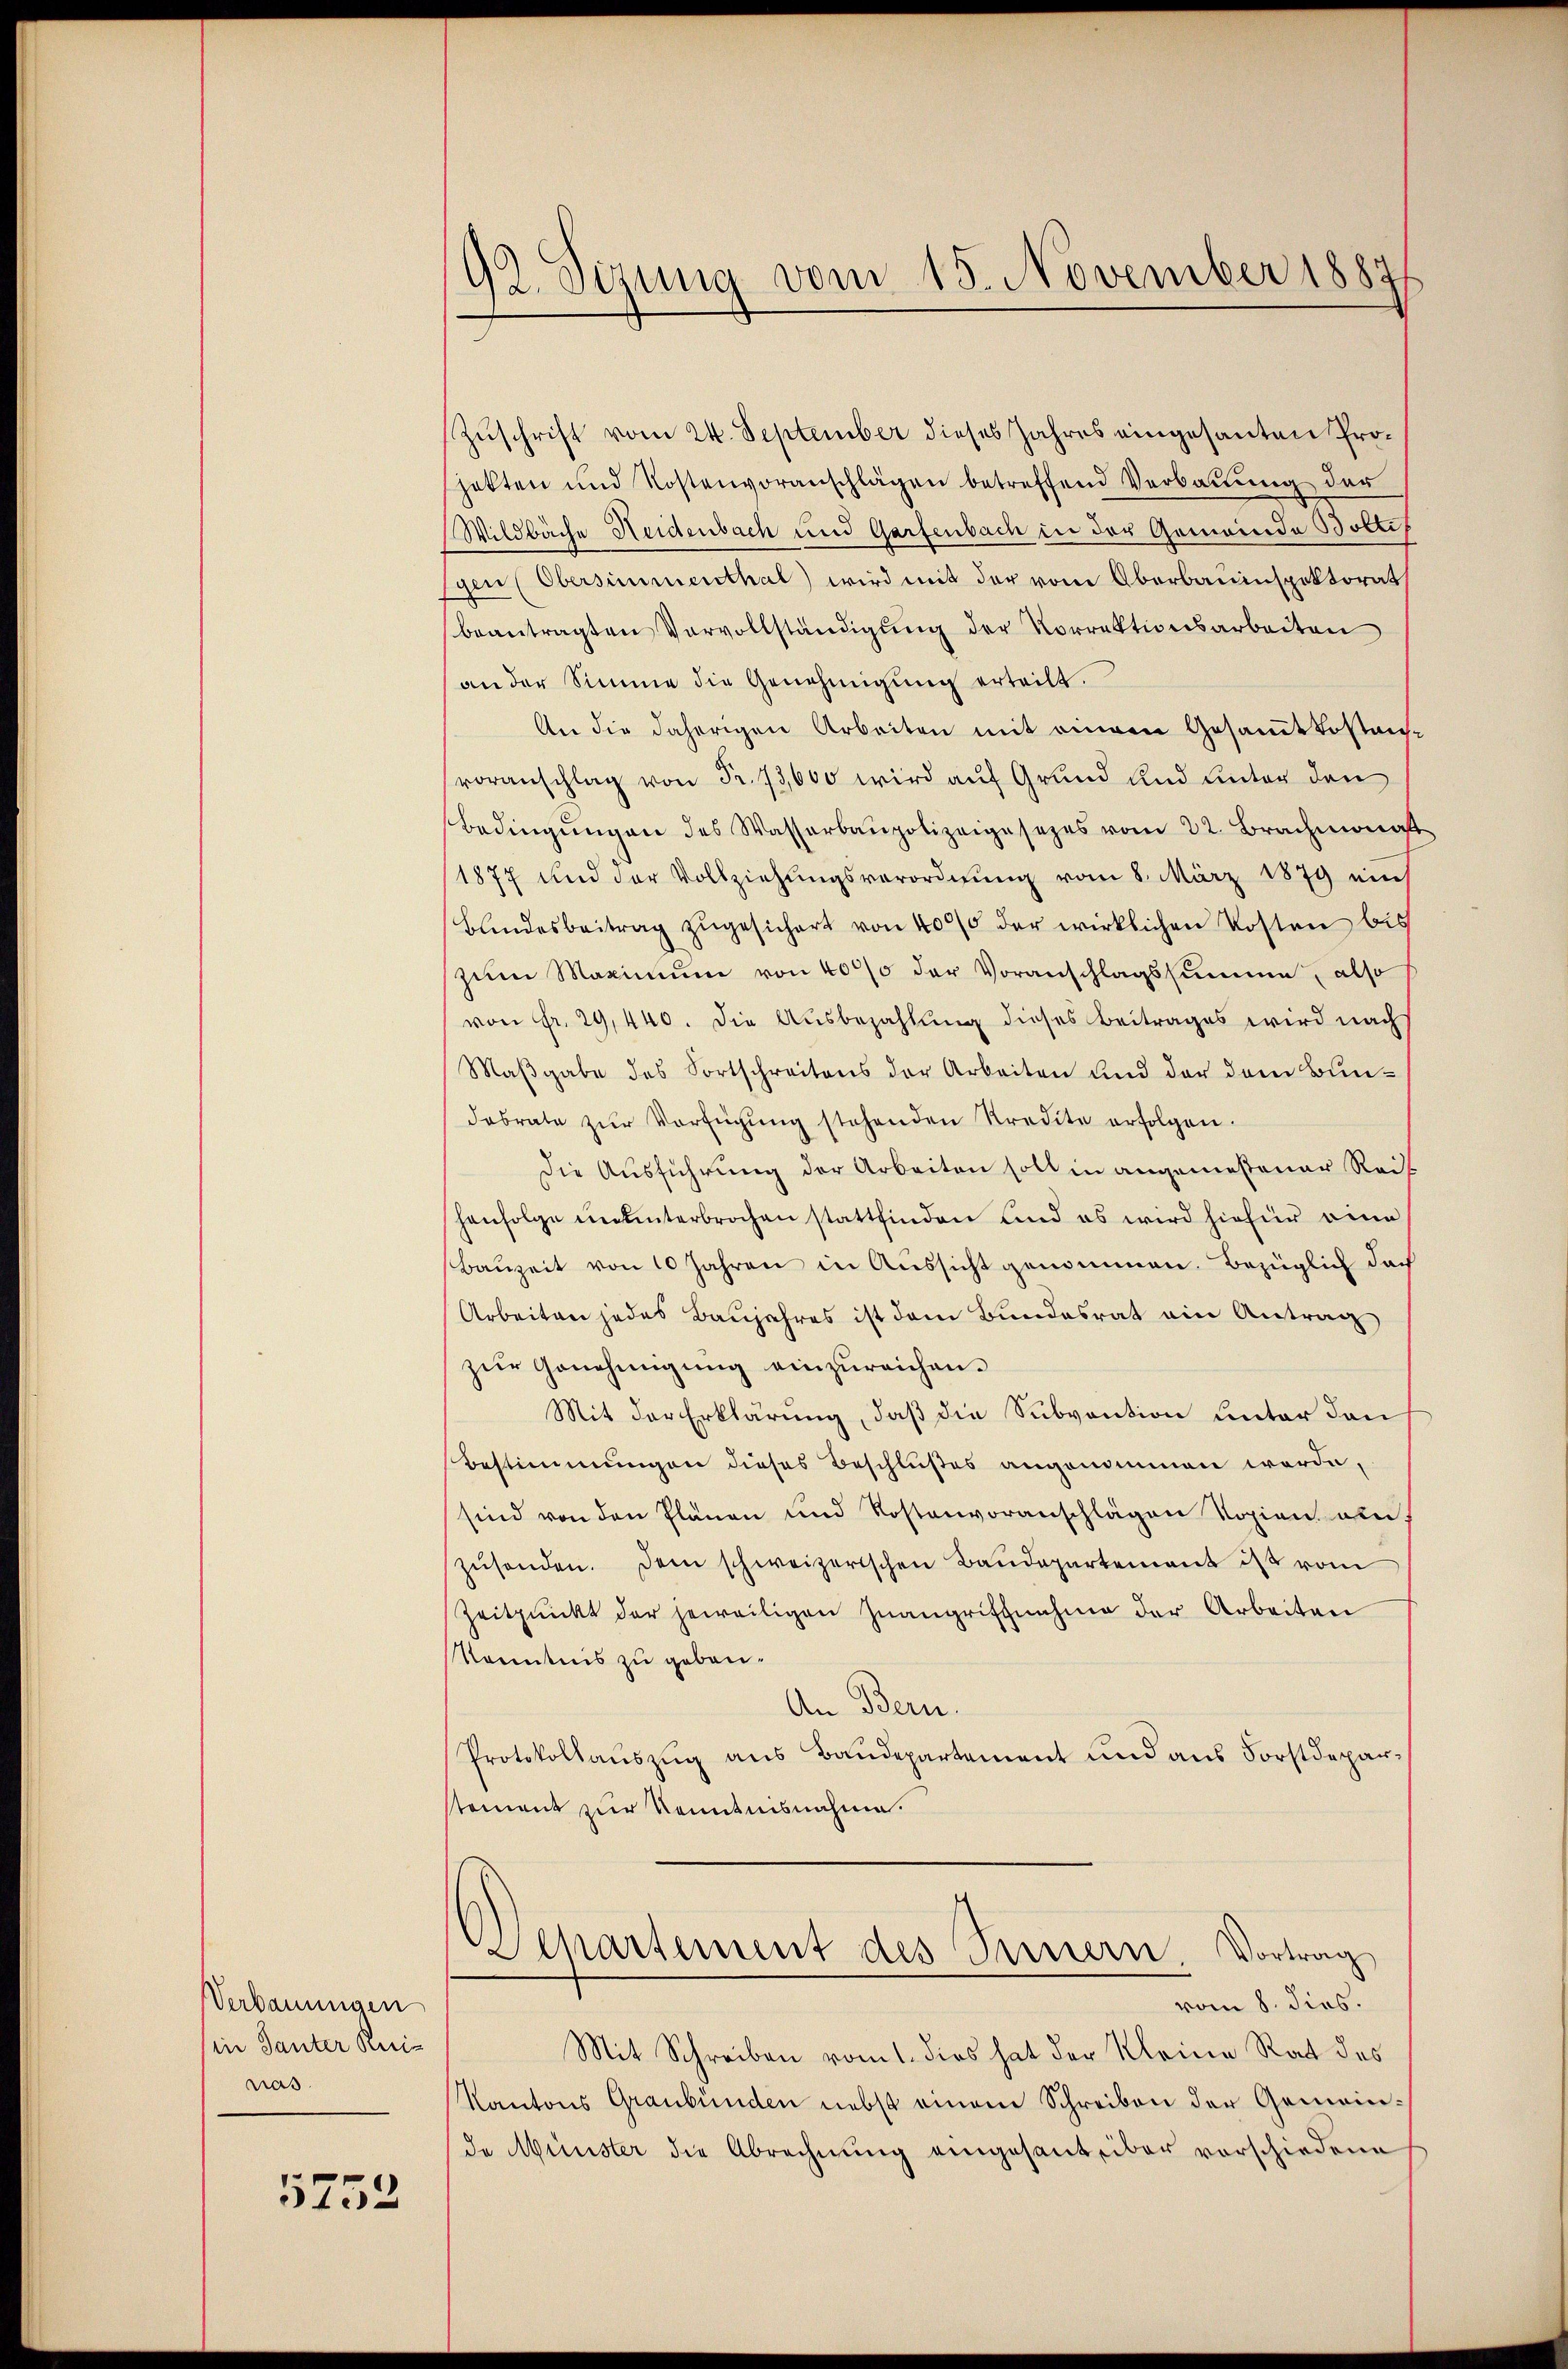
Verbauungen
in Tanter Reis
nas.

5752

92. Sizung vom 15. November 1887/

Zuschrift vom 24. September dieses Jahres eingesanten Projekten und Kostenvoranschlägen betreffend Verbaŭŭng der
(Wildbäche Heidenbach und Gartenbach in der Gemeinde Boltif
gen (Obersimmenthal) wird mit der vom Oberbauinspektorat
beantragten Vervollständigung der Vorrektionsarbeiten
an der Simme die Genehmigŭng erteilt.
An die daherigen Arbeiten mit einem Gesammtkostanvoranschlag von Fr. 73,600 wird auf Grund und unter den
Bedingŭngen des Wasserbaupolizeigesezes vom 22. Brachmonast
1877 und der Vollziehŭngsverordnŭng vom 8. März 1879 eins
Bundesbeitrag zŭgesichert von 4000 der wirklichen Kosten bis
zum Maximum von 40% der Voranschlagssumme, also
von Fr. 29,440. Die Aŭsbezahlung dieses Beitrages wird nach
Maβgabe des Fortschreitens der Arbeiten und der dem Bundabrate zŭr Verfügŭng stehenden Kredite erfolgen.
Die Ausführung der Arbeiten soll in angemeßener Rei
henfolge ununterbrochen stattfinden und es wird hiefür eine
Bauzeit von 10 Jahren in Aussicht genommen. Bezüglich doch
Arbeiten jedes Baŭjahres ist dem Bundesrat ein Antrag
zur Genehmigung einzureichen.
Mit der Erklärung, daß die Subvention unter den
Bestimmungen dieses Beschlußes angenommen werde,
sind von den Plänen und Kostenvoranschlägen Kopien am
zŭsenden. Dem schweizerischen Baudepartement ist vom
Zeitpunkt der jeweiligen Zwangriffnahme der Arbeiten
Kenntnis zu gebau¬
An Bern.
Protokollauszug aus Baudepartement und aus Forstdeparstement zur Kenntnisnahme.
Alkartement des Innern, Vortrag
vom 8. dies.
Mit Schreiben vom 1. dies hat der Kleine Rat des
Kantons Graubünden nebst einem Schreiben der Gemeinde Münster die Abrechnung eingesant über vorschiedene